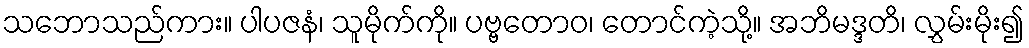
သဘောသည်ကား။ ပါပဇနံ၊ သူမိုက်ကို။ ပဗ္ဗတောဝ၊ တောင်ကဲ့သို့။ အဘိမဒ္ဒတိ၊ လွှမ်းမိုး၍